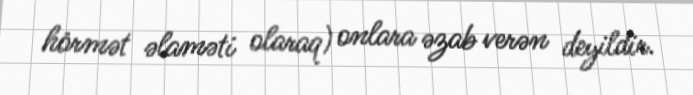
hörmət əlaməti olaraq) onlara əzab verən deyildir.